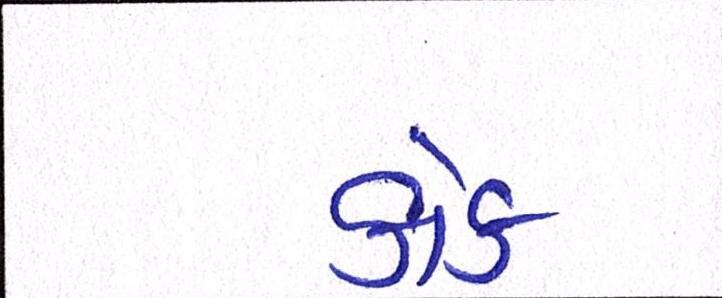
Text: કોક